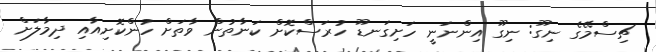
ޗިސްމޭގެ ނިގޫ: ނިގޫ އިންނަނީ ހަށިގަނޑޫ ހުރަސްކޮށް ކަނާތުން ވާތަށް ހުންކޮށިއާއި ދިމާލަށް